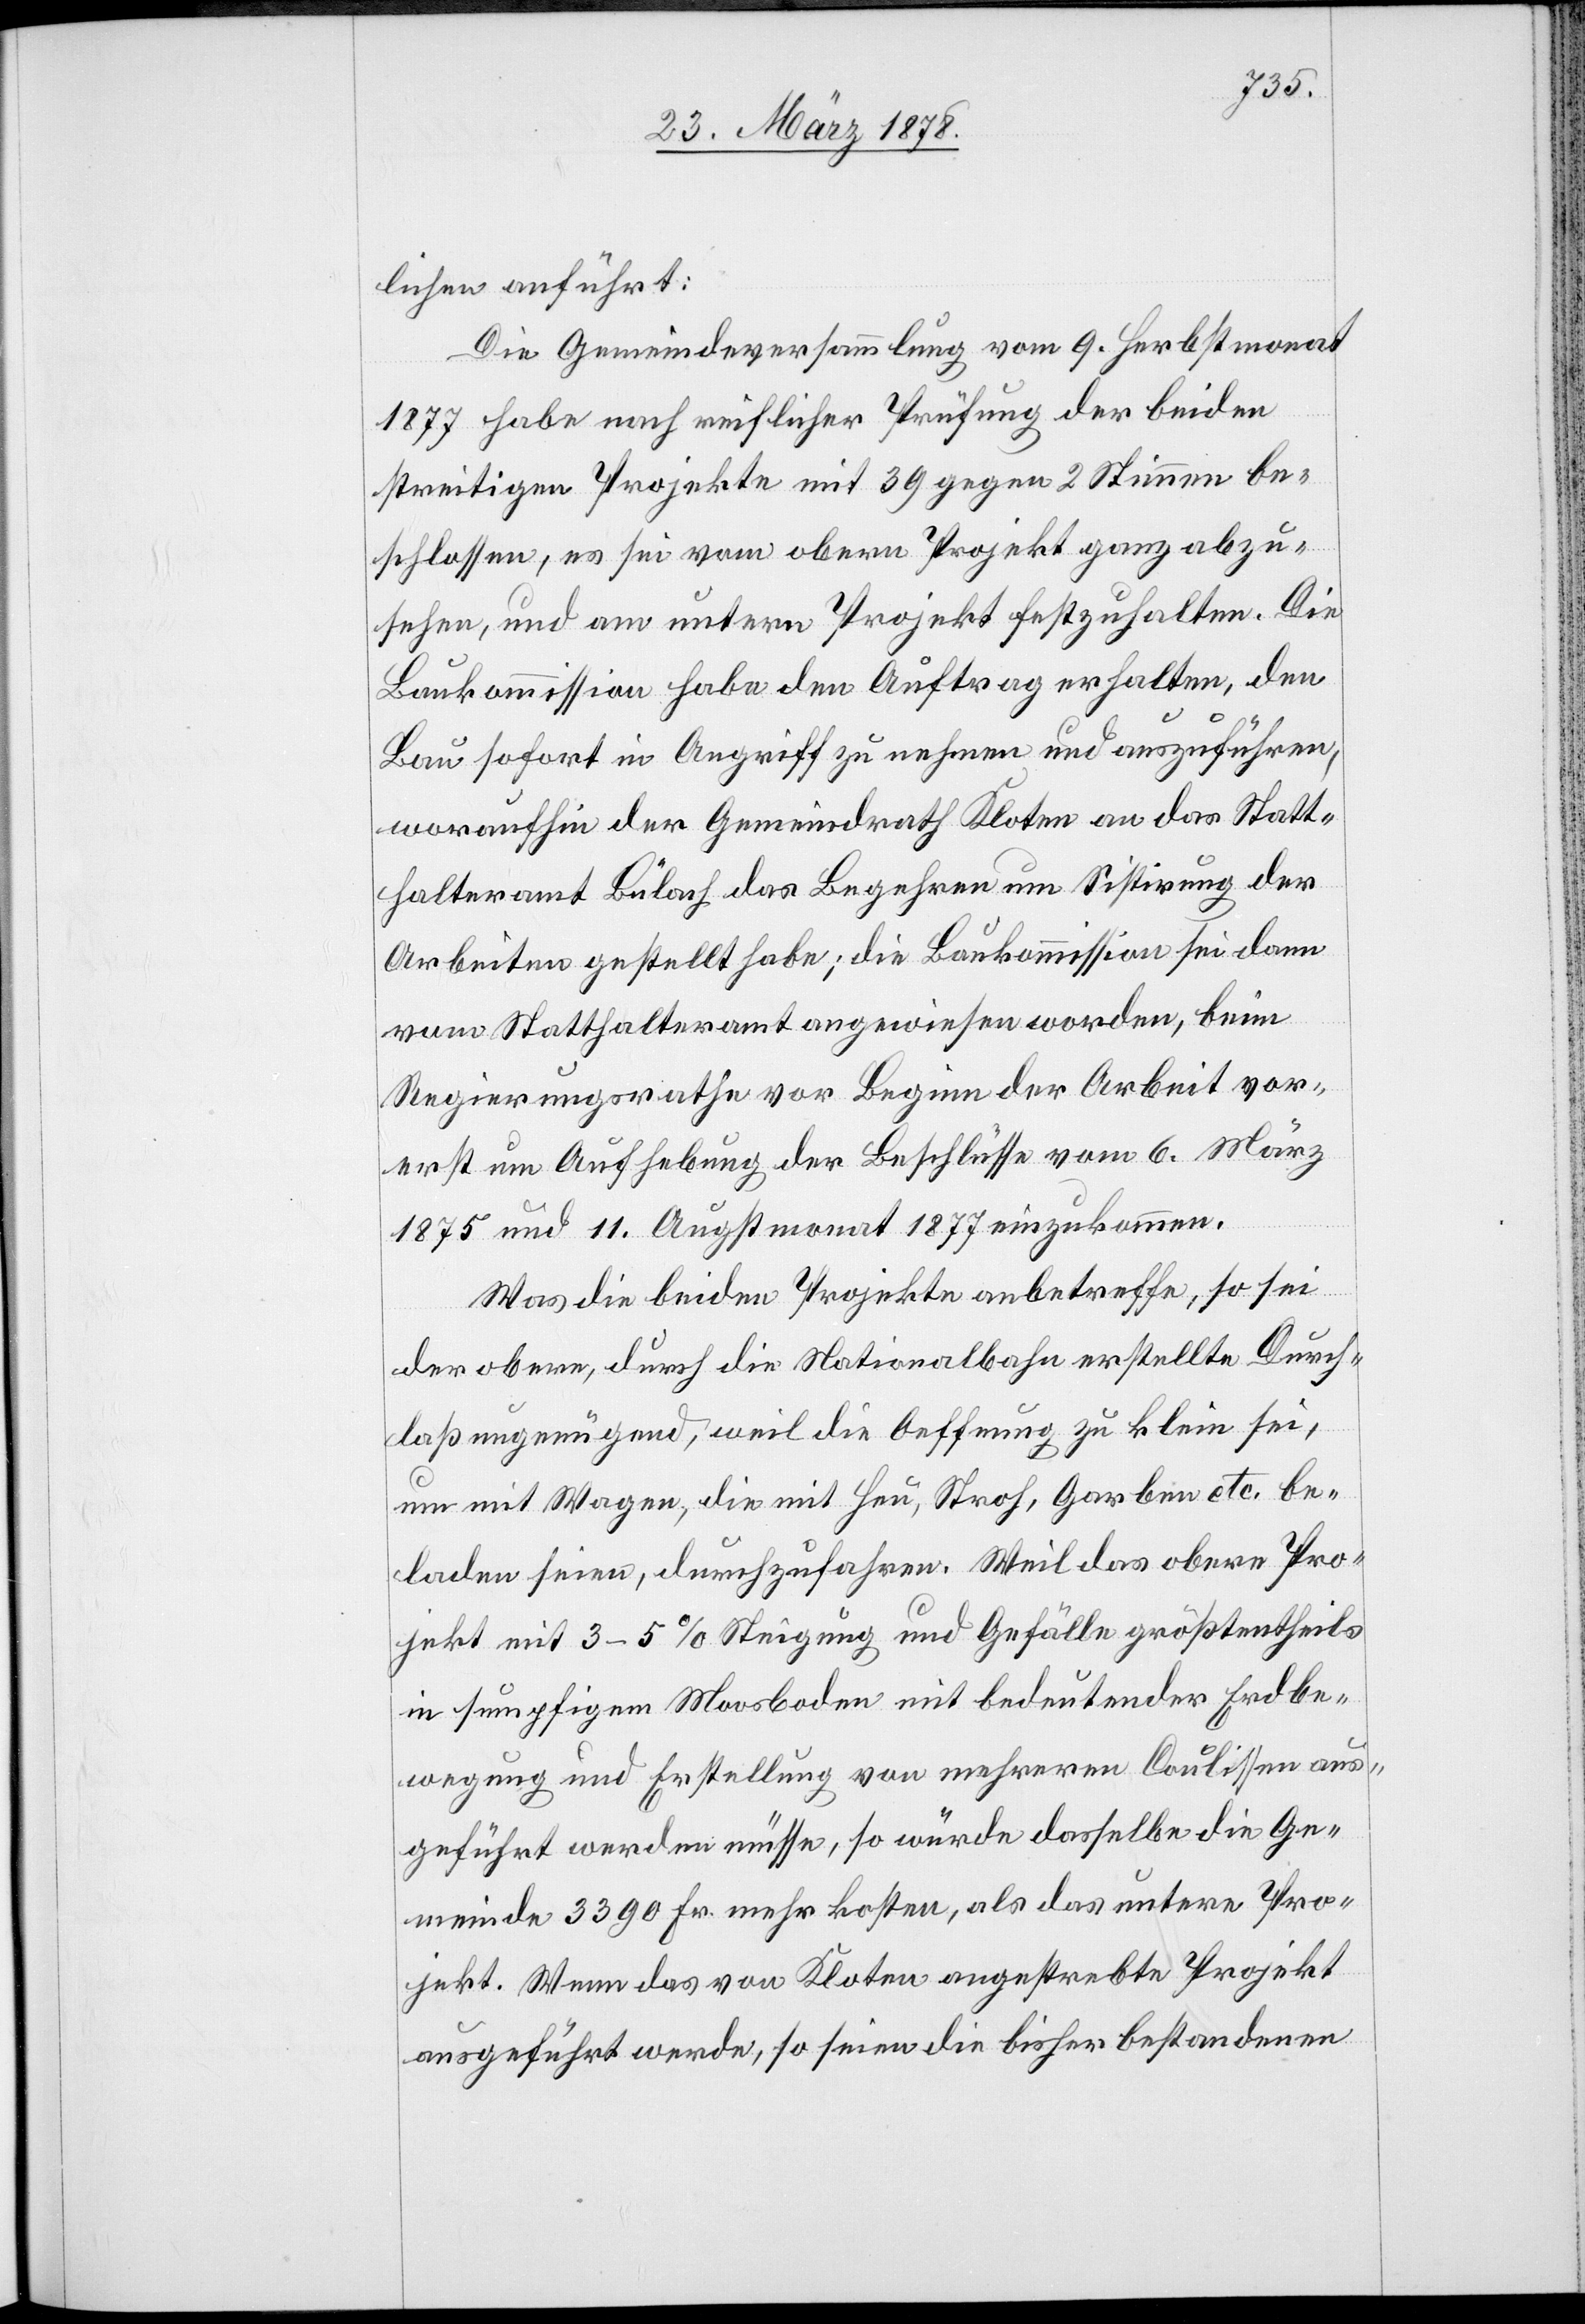
lichen anführt:
Die Gemeindeversammlung vom 9. Herbstmonat
1877 habe nach reiflicher Prüfung der beiden
streitigen Projekte mit 39 gegen 2 Stimmen be¬
schlossen, es sei vom obern Projekt ganz abzu¬
sehen, und am untern Projekt festzuhalten. Die
Baukommission habe den Auftrag erhalten, den
Bau sofort in Angriff zu nehmen und auszuführen,
woraufhin der Gemeindrath Kloten an das Statt¬
halteramt Bülach das Begehren um Sistirung der
Arbeiten gestellt habe; die Baukommission sei dann
vom Statthalteramt angewiesen worden, beim
Regierungsrathe vor Beginn der Arbeit vor¬
erst um Aufhebung der Beschlüsse vom 6. März
1875 und 11. Augstmonat 1877 einzukommen.
Was die beiden Projekte anbetreffe, so sei
der obere, durch die Nationalbahn erstellte Durch¬
laß ungenügend, weil die Oeffnung zu klein sei,
um mit Wagen, die mit Heu, Stroh, Garben etc. be¬
laden seien, durchzufahren. Weil das obere Pro¬
jekt mit 3–5% Steigung und Gefälle größtentheils
in sumpfigen Moosboden mit bedeutender Erdbe¬
wegung und Erstellung von mehreren Coulissen aus¬
geführt werden müsse, so würde dasselbe die Ge¬
meinde 3390 Fr. mehr kosten, als das untere Pro¬
jekt. Wenn das von Kloten angestrebte Projekt
ausgeführt werde, so seien die bisher bestandenen